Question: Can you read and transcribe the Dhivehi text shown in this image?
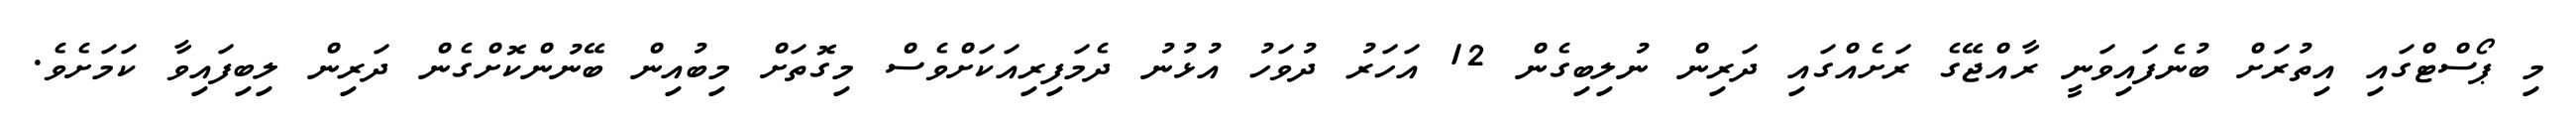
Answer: މި ޕޯސްޓްގައި އިތުރަށް ބުނެފައިވަނީ ރާއްޖޭގެ ރަށެއްގައި ދަރިން ނުލިބިގެން 12 އަހަރު ދުވަހު އުޅުނު ދެމަފިރިއަކަށްވެސް މިގޮތަށް މިބުއިން ބޭނުންކޮށްގެން ދަރިން ލިބިފައިވާ ކަމަށެވެ.